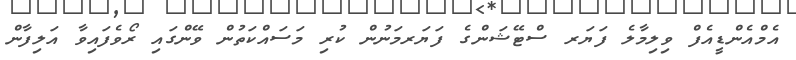
އެމްއެންޑީއެފް ވިލިމާލެ ފަޔަރ ސްޓޭޝަންގެ ފަޔަރމަނުން ކުރި މަސައްކަތުން ވޭންގައި ރޯވެފައިވާ އަލިފާން